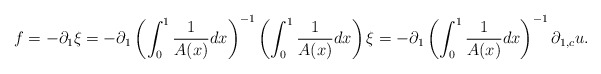
\begin{align*}f=-\partial_{1}\xi=-\partial_{1}\left(\int_{0}^{1}\frac{1}{A(x)}dx\right)^{-1}\left(\int_{0}^{1}\frac{1}{A(x)}dx\right)\xi=-\partial_{1}\left(\int_{0}^{1}\frac{1}{A(x)}dx\right)^{-1}\partial_{1,c}u.\end{align*}